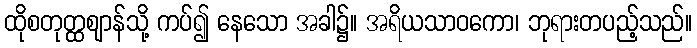
ထိုစတုတ္ထဈာန်သို့ ကပ်၍ နေသော အခါ၌။ အရိယသာဝကော၊ ဘုရားတပည့်သည်။